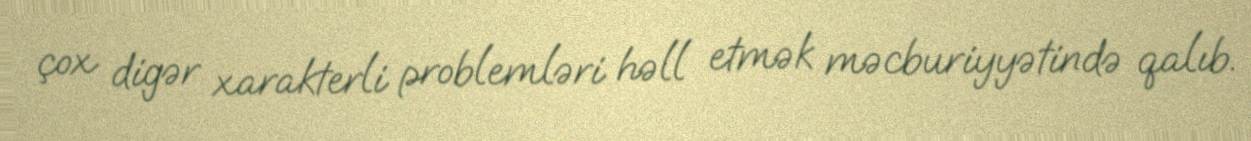
çox digər xarakterli problemləri həll etmək məcburiyyətində qalıb.